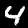
Digit: 4